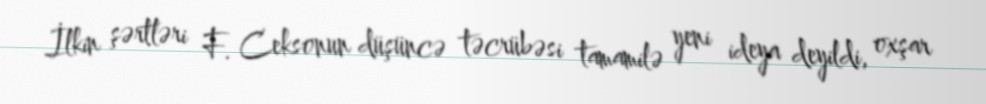
İlkin şərtləri F. Ceksonun düşüncə təcrübəsi tamamilə yeni ideya deyildi, oxşar